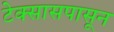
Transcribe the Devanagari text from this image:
टेक्सासपासून